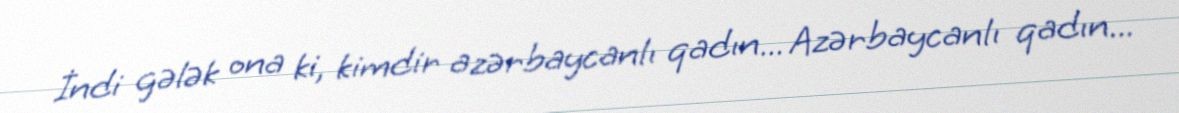
İndi gələk ona ki, kimdir azərbaycanlı qadın... Azərbaycanlı qadın...